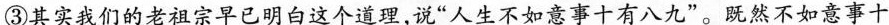
③其实我们的老祖宗早已明白这个道理，说”人生不如意事十有八九”。既然不如意事十